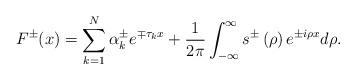
LaTeX: \begin{align*}F^{\pm}(x)=\sum_{k=1}^{N}\alpha_{k}^{\pm}e^{\mp\tau_{k}x}+\frac{1}{2\pi}\int_{-\infty}^{\infty}s^{\pm}\left( \rho\right) e^{\pm i\rho x}d\rho.\end{align*}